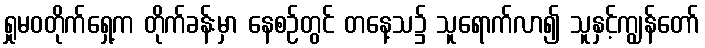
ရှုမဝတိုက်ရှေ့က တိုက်ခန်းမှာ နေစဉ်တွင် တနေ့သ၌ သူရောက်လာ၍ သူနှင့်ကျွန်တော်